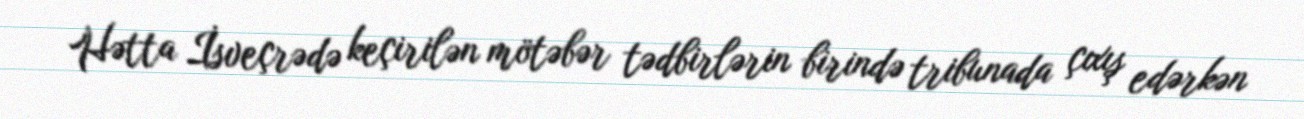
Hətta İsveçrədə keçirilən mötəbər tədbirlərin birində tribunada çıxış edərkən